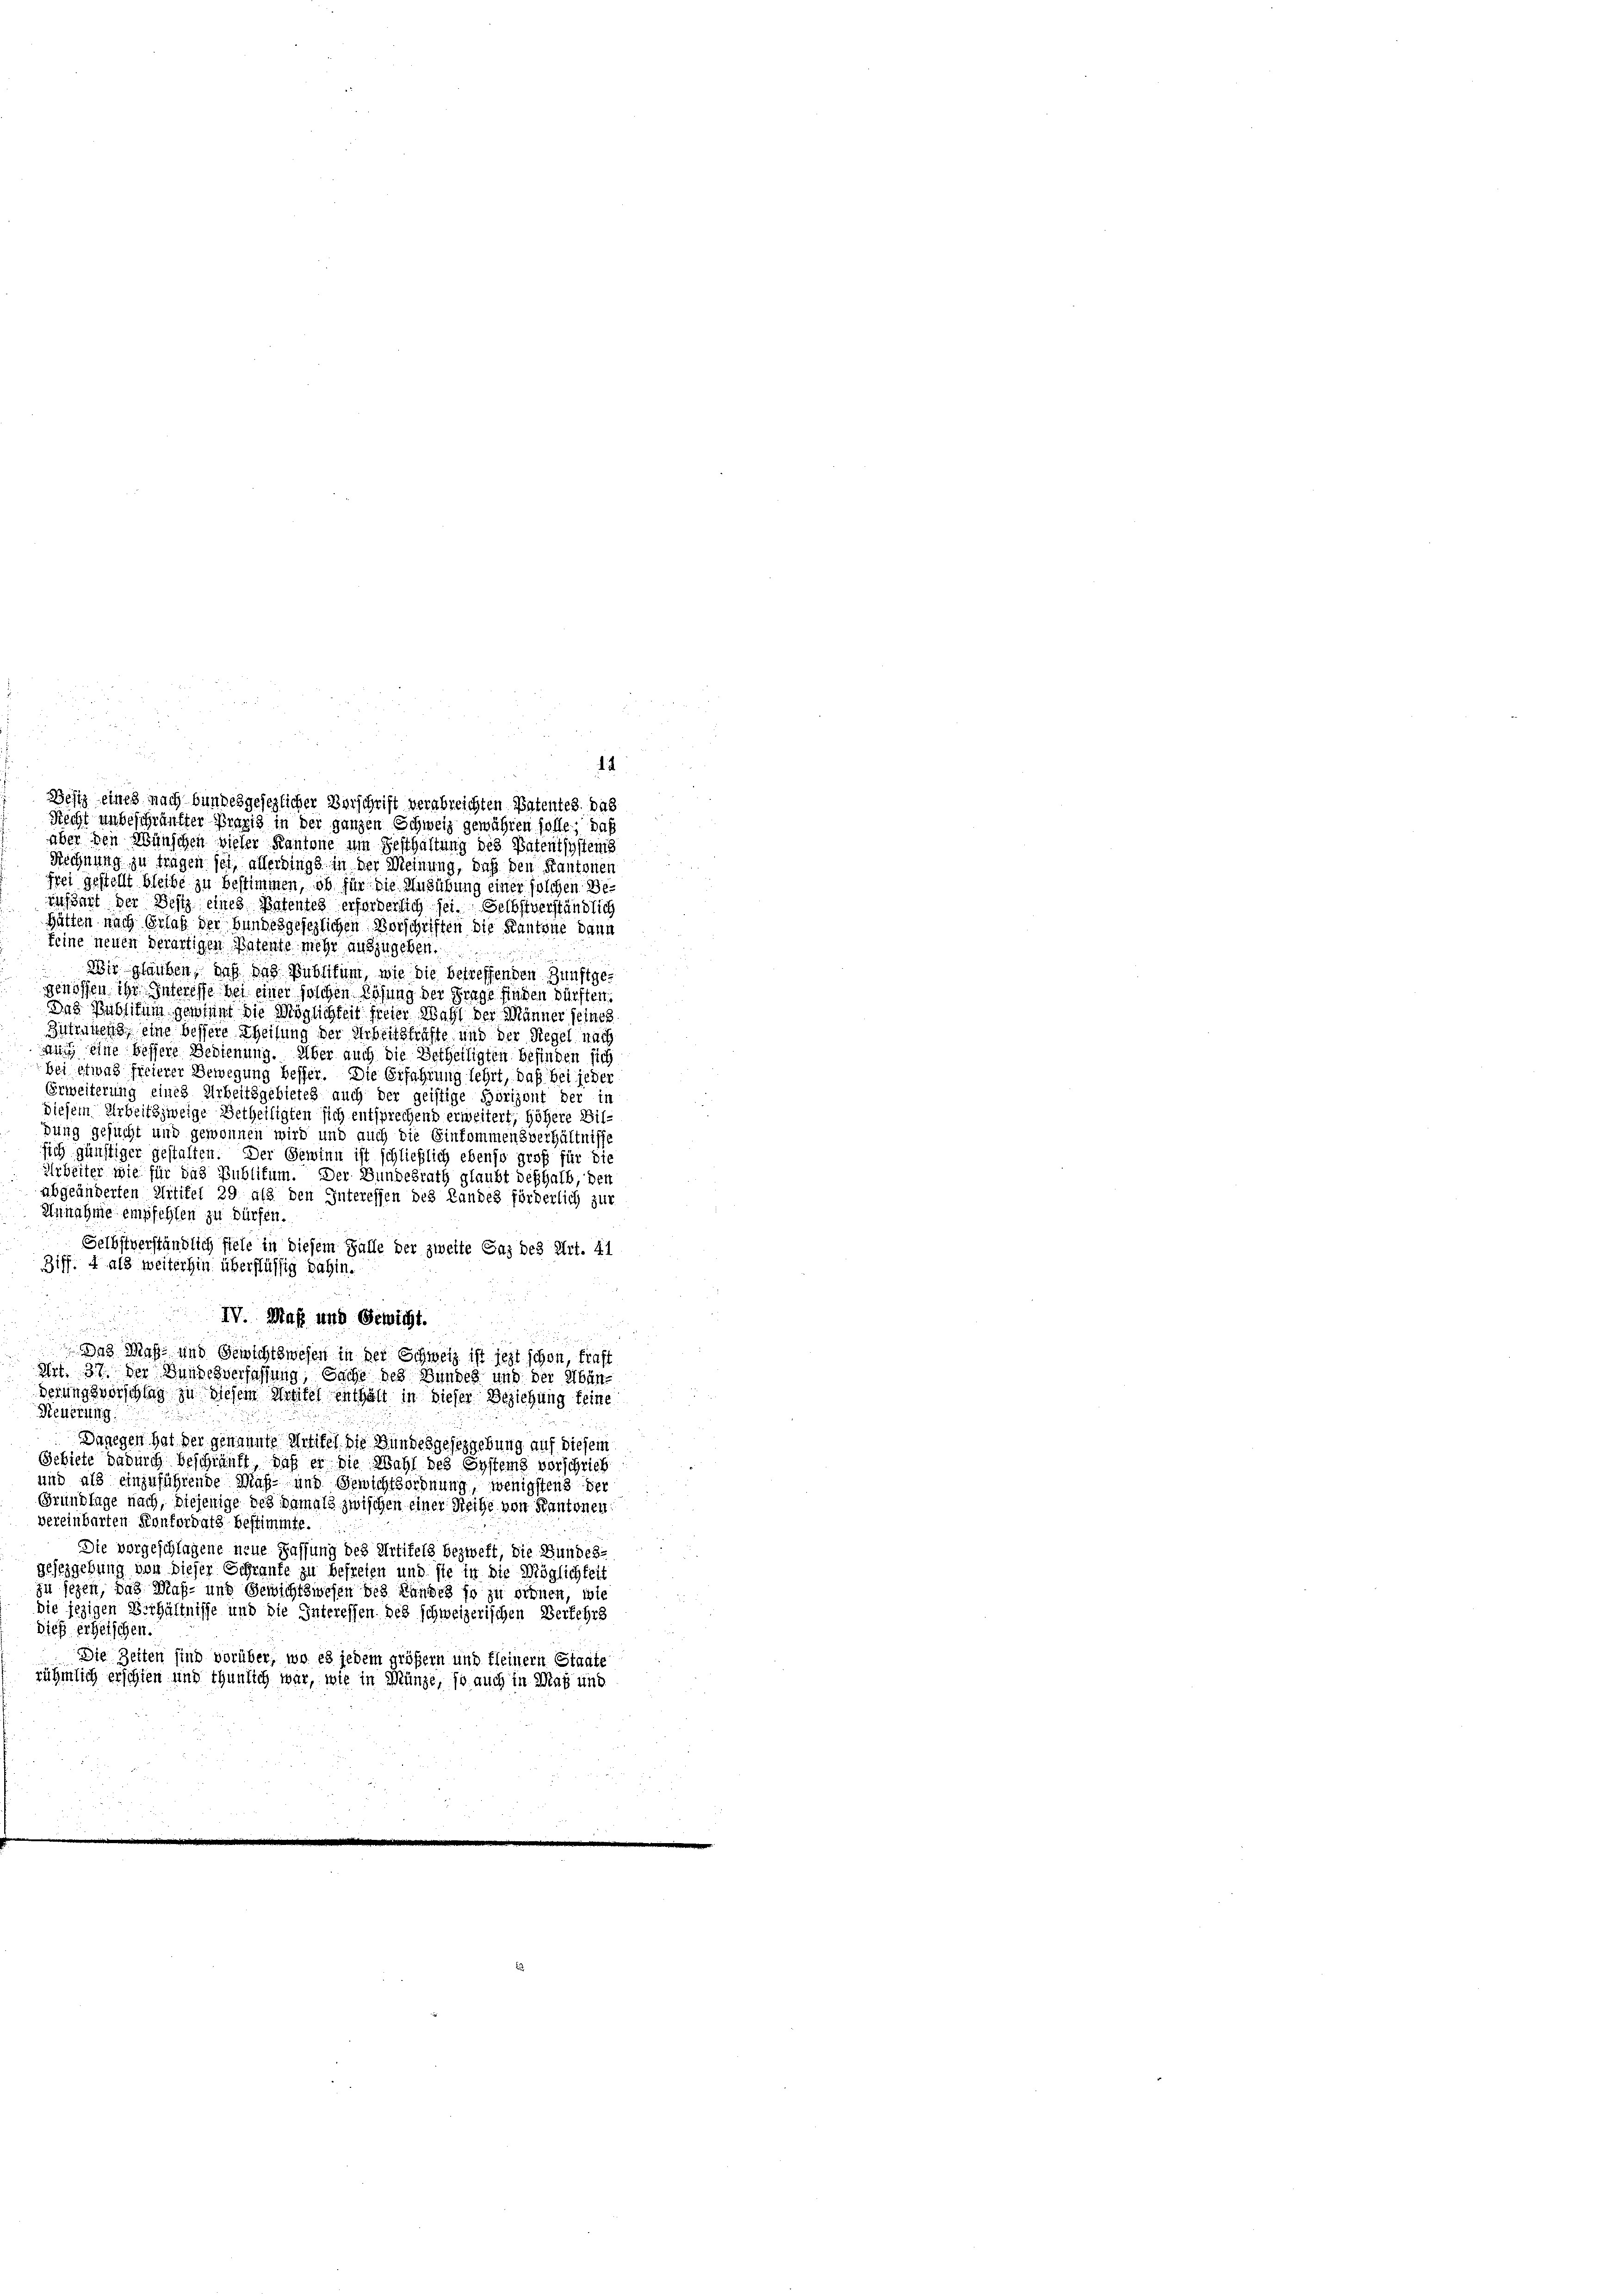
aber den Münschen vieler Kantone um Gesthaltung des Patentsystems
Rechnung zu tragen sei, allerdings in der Meinung, daß den Kantonen
frei gestellt bleibe zu bestimmen, ob für die Ausübung einer solchen Be
infant der Weitz eines Patentes erforderlich sei. Selbstverständlich
Hätten nach Erlaß der bundesgesezlichen Vorschriften die Kantone dann
feine neuen verartigen Patente mehr auszugeben.
Wir glauben, daß das Publikum, wie die betreffenden Zunftgegenossen ihr Interesse bei einer solchen Lösung der Frage finden dürften.
Das Publikum gewinnt die Möglichkeit freier Wahl der Männer seines
Intimens, eine bessere Theilung der Arbeitsfrüfte und der Regel nach
mung eine bessere Bedienung. Über auch die Betheiligten befinden sich
bei etwas freierer Bewegung besser. Die Erfahrung lehrt, daß bei jeder
Erweiterung eines Arbeitsgebietes auch der geistige Bärizont der in
diesem Arbeitszweige Betheiligten sich entsprechend erweitert, höhere Bitdung gesucht und gewonnen wird und auch die Einkommensverhältnisse
sich günstiger gestalten. Der Gewinn ist schließlich ebenso groß für die
Arbeiter wie für das Publikum. Der Bundesrath glaubt deshalb, den
abgeänderten Mititel 29 als den Interessen des Landes förderlich zur
Annahme empfehlen zu dürfen.
Selbstverständlich fiele in diesem Falle der zweite Paz des Art. 41
Ziff. 4 als weiterhin überflüssig dahin.
.
IV. Maß und Gewicht.
d
Das Maß- und Gewichtswesen in der Schweiz ist jezt schon, traft
Art. 37. Der Hundesverfassung, Sache des Bundes und der Abänderungsvorschlag zu diesem Antitel enthalt in dieser Beziehung feine
Deuerung:
Dagegen hat der genannte Antitel die Bundesgesezgebung auf diesem
Gebiete dadurch beschränkt, daß er die Mahl des Systems vorschrieb
und als einzuführende Maß- und Gewichtsordnung, wenigstens der
GGrundlage nach, diejenige des damals zwischen einer Reihe von Kantonen
vereinbarten Konkordats bestimmte.
Die vorgeschlagene neue Fassung des Artifels bezweft, die Bundes:
gesezgebung von dieser Schranke zu befreien und sie in die Möglichkeit
zu seyen, das Maß- und Gewichtswesen des Landes so zu ordnen, wie
die jezigen Verhältnisse und die Interessen des schweizerischen Verfehrs
dies erheischen.
Die Zeiten sind vorüber, wo es jedem größern und fleinern Staate
rühmlich erschien und thunlich war, wie in Münze, so auch in Was und

Besiz eines nach bundesgesezlicher Verschrift verabreichten Patentes. das
Recht unbeschränkter Praxis in der ganzen Schweiz gewühren solle; daß